Sketch of the medical history of the native army of Bombay, for the year
Year: 1876
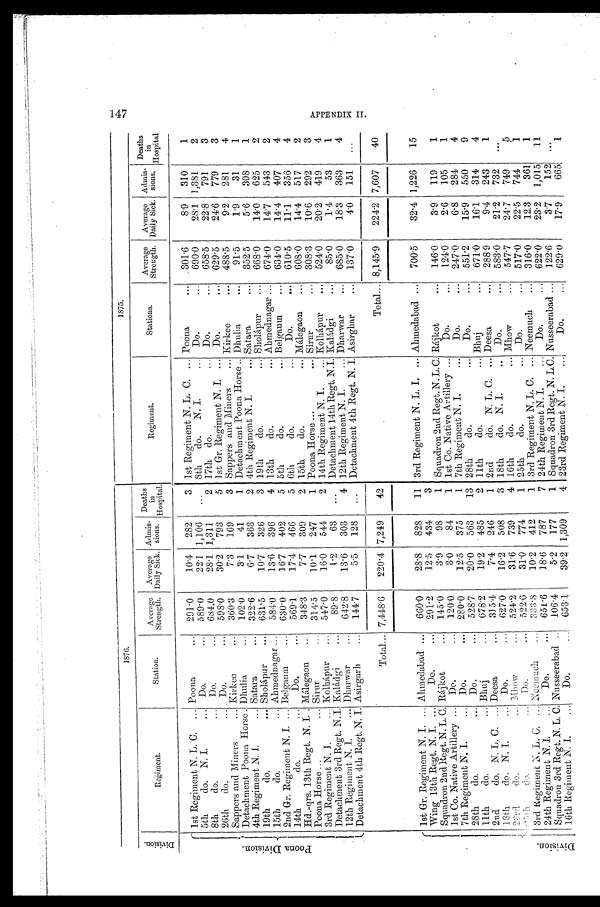
1876.
1875.
D i v i s i o n .
Regiment.
Station.
Average
Strength.
Average
Daily Sick.
Admis-
sions.
Death
i n
Hospital.
Regiment.
Stations.
Average
Strength.
Average
Daily Sick.
Admis-
sions.
Deaths
i n
Hospita
P o o n a D i v i s i o n .
1st Regiment N. L. C. ... Poona
...
291.0
10.4
282
3 1st Regiment N. L. C. ... Poona
...
301 . 6
8.9
310
1
5th
do. N. I.
... Do.
...
589.0
22.1 1,106
...
8th
do.
N. I.
... Do.
...
690.0
28.1 1,381
2
8th
do.
Do. . . .
684.0
28.1 1,311
2 17th do.
... Do,
,..
658.5
22.8
791
3
26th
do... Do.
...
598.0
30.2
793
5 1st Gr. Regiment N. I. ... Do.
...
629.5
24.6
779
3
Sappers and Miners
... Kirkee
...
360.3
7.3
169
3 Sappers and Miners
... Kirkee
...
488.5
9.2
281
4
Detachment Poona Horse. Dhulia
...
102.0
3.1
41
1 Detachment Poona Horse .. Dhulia
...
91.5
1.9
31
1
4th Regiment N. I.
Satara
. . . 322.6
6.7
363
2 4th Regiment N. I.
... Satara
...
352.5
5.6
308
1
19th
do.
... Sholápur
...
631.5
10.7
326
3 19th
do.
... Sholápur
...
668.0
14.0
625
2
15th
do.
Ahmednagar ...
584.0
13.6
396
4 13th
do.
... Ahmednagar ...
674.0
14.7
543
2
2nd Gr. Regiment N. I. ... Belgaum
...
630 . 0
16.7
402
5 5th
do.
... Belgaum
...
634.0
14.4
407
4
14th
do.
Do.
... 569 . 1
17.4
466
5 6th
do.
...
Do. . . . 610 . 5
11.1
356
4
Hd.-qrs. 13th Regt. N. I. Málegaon
..
348 . 3
7.7
309
2 15th
do.
... Málegaon
...
608 . 0
14.4
517
2
Poona Horse ...
... Sirur
...
314. 5
10.1
247
1 Poona Horse ...
... Sirur
...
308 . 3
10.6
292
3
3rd Regiment N. I.
... Kolhápur
...
547.0
16.0
544
2 14th Regiment.N. I.
... Kolhápur
...
524. 0
20.2
419
4
Detachment 3rd Regt. N. I. Kaládgi
...
89.8
1.2
63
...
Detachment 14th Regt, N. I. Kaládgi
...
85.0
1.4
53
1
12th Regiment N. I,
... Dharwar
...
642.8
13.6
303
4 12th Regiment N. I.
... Dharwar
...
685 . 0
18.3
363
4
Detachment 4th Regt. N. I. Asirgar
h . . .
144.7
5.5
128
...
Detachment 4th Regt. N. I. Asirghar
...
137.0
4.0
151
...
Total... 7,448 . 6
220 . 4 7,249
42
Total... 8,144.9
224.2 7,607
40
D i v i s i o n .
1st Gr. Regiment N. I. ... Ahmedabad ...
660.0
28.8
828
11 3rd Regiment N. L. I. ... Ahmedabad ...
700.5
32.4 1,226
15
Wing 13th Regt. N. I. . . .
Do. . . .
291 . 2
12.5
434
3
Squadron 2nd Regt. N. L. C. Rájkot
...
145 . 0
3.9
98
1 Squadron 2nd Regt. N. L. C. Rájkot
...
146 . 0
3.9
119
1
1st Co. Native Artillery ... Do.
...
120.0
3.0
84
1 1st Co. Native Artillery ...
Do.
...
124.0
2.6
105
1
7th Regiment N. I.
...
Do.
...
280 . 0
12.5
375
1 7th Regiment N. I.
...
Do.
...
247 . 0
6.8
284
4
28th
do.
... Do.
...
528 . 7
20.0
563
13 28th
do.
...
Do.
...
551.2
15.9
550
9
11th
do.
... Bhuj
...
678. 2
19.2
485
2 11th
do.
... Bhuj
...
671.0
161
314
4
2nd
do. N. L. C. ... Deesa
. . . 315 .4
7.4
246
1 2nd
do. N. L. C. ... Deesa
...
288.9
9.4
243
1
18th
do, N. I.
...
Do.
...
627.0
16.2
508
3 18th
do. N. I.
..
Do.
...
583 . 0
21.2
732
. . .
2 3 r d
d o .
. . . Mhow
...
524. 2
31.6
739
4 16th
do.
... Mhow
...
547.7
24.7
749
5
25th do. ...
Do.
...
522.6
31.0
774
1 25th
do.
...
Do.
...
517.0
22.5
744
1
3rd Regiment N. L. C. ...
N e e m u c h
. . .
333.8
10.2
412
1 3rd Regiment N. L. C, ... Neemuch
...
316.0
12.3
361
1
24th Regiment N. I. . . .
Do.
...
651.6
18.6
787
7 24th Regiment N. I. . . .
Do.
...
622.0
23.2
1,015
11
Squadron 3rd Regt. N . L . C .
Nusseerabad ..
106.4
5.2
177
1 Squadron 3rd Regt. N. L.C. Nusseerabad ...
122.6
3.7
152
..
16th Regiment N. I,
...
Do,
...
653.1
39.2 1,309
4 23rd Regiment N. I,
...
Do.
...
629.0
17.9
665
1
147
APPENDI X I I .